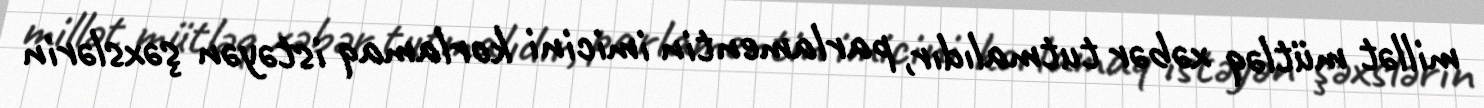
millət mütləq xəbər tutmalıdır, parlamentin imicini korlamaq istəyən şəxslərin